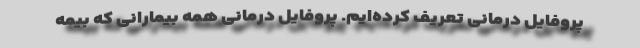
پروفایل درمانی تعریف کرده‌ایم. پروفایل درمانی همه بیمارانی که بیمه